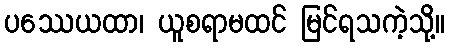
ပဿေယထာ၊ ယူစရာမထင် မြင်ရသကဲ့သို့။